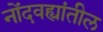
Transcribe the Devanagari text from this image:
नोंदवह्यांतील